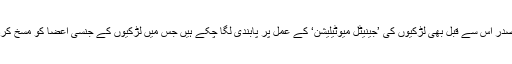
گیمبیا کے صدر اس سے قبل بھی لڑکیوں کی ’جینیٹل میوٹیلیشن‘ کے عمل پر پابندی لگا چکے ہیں جس میں لڑکیوں کے جنسی اعضا کو مسخ کردیا جاتا ہے۔